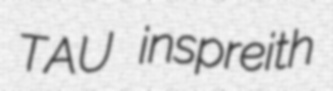
TAU inspreith